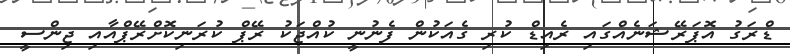
ޑްރަގު އޮޕަރޭޝަނެއްގައި ރެއިޑް ކުރި ގެއަކުން ފެނުނީ ކުއްޖަކު ރޭޕް ކުރަނިކޮށްރޭޕްއާއި ޖިންސީ